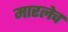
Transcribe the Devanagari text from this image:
मारलेच